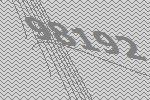
98192